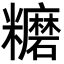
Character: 𥽨